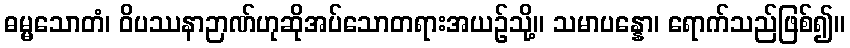
ဓမ္မသောတံ၊ ဝိပဿနာဉာဏ်ဟုဆိုအပ်သောတရားအယဉ်သို့။ သမာပန္နော၊ ရောက်သည်ဖြစ်၍။